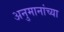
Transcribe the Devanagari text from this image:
अनुमानांच्या